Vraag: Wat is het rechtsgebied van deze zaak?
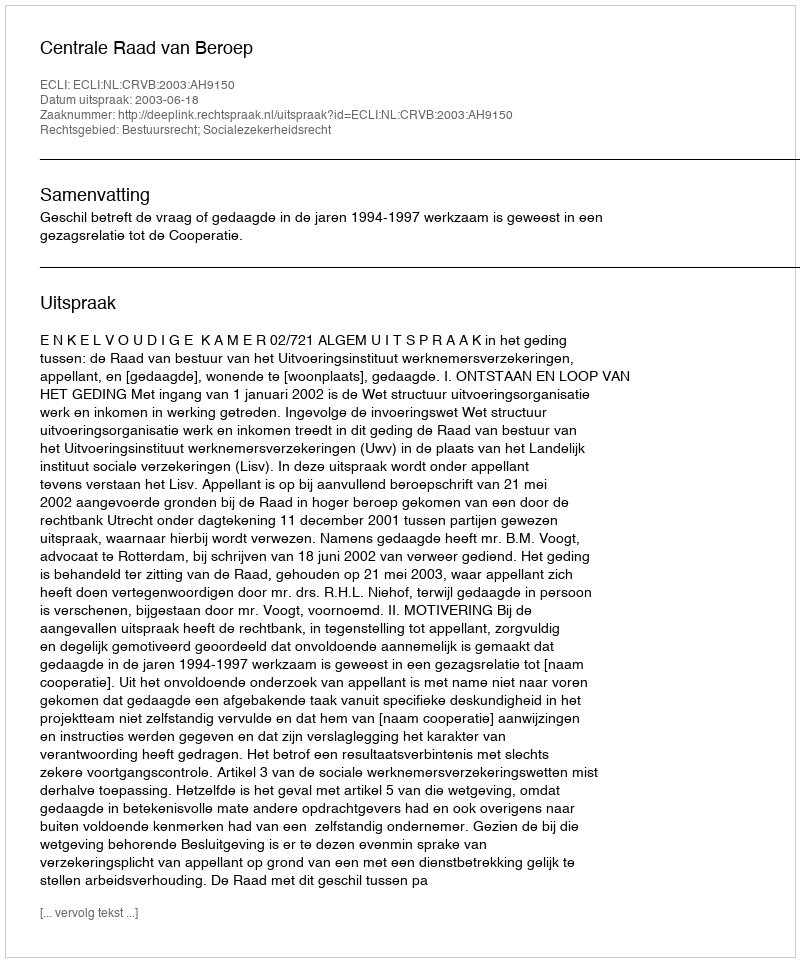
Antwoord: Bestuursrecht; Socialezekerheidsrecht